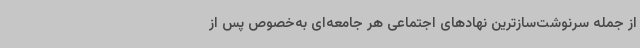
از جمله سرنوشت‌سازترین نهادهای اجتماعی هر جامعه‌ای به‌خصوص پس از